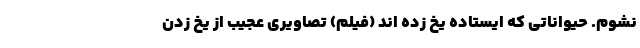
نشوم. حیواناتی که ایستاده یخ زده اند (فیلم) تصاویری عجیب از یخ زدن